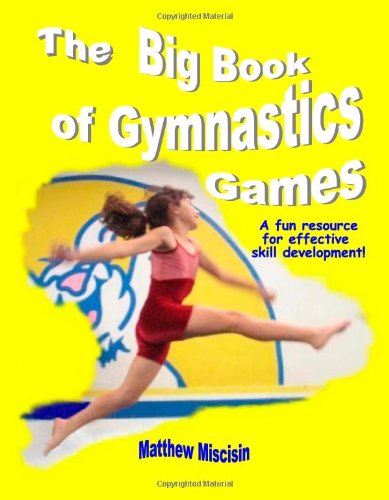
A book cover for The Big Book of Gymnastics Games; Sports & Outdoors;